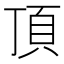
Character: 頂